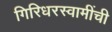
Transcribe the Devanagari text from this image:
गिरिधरस्वामींची